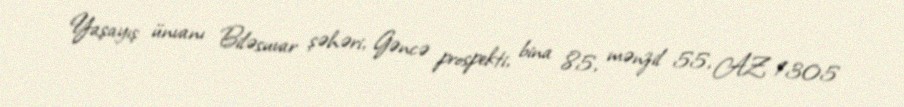
Yaşayış ünvanı Biləsuvar şəhəri, Gəncə prospekti, bina 85, mənzil 55, AZ 1305